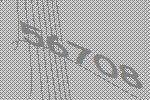
56708